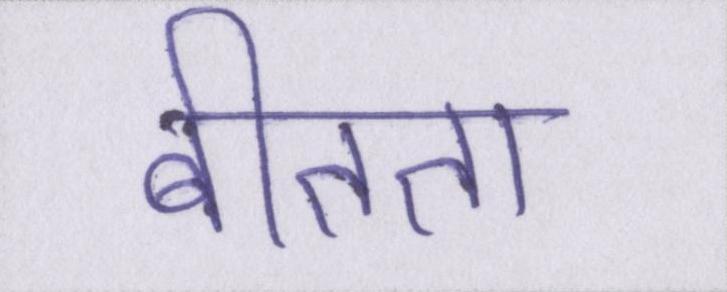
बीतता